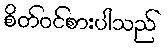
စိတ်ဝင်စားပါသည်